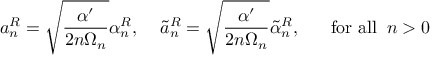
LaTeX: a _ { n } ^ { R } = \sqrt { \frac { \alpha ^ { \prime } } { 2 n \Omega _ { n } } } \alpha _ { n } ^ { R } , \; \; \; \; \tilde { a } _ { n } ^ { R } = \sqrt { \frac { \alpha ^ { \prime } } { 2 n \Omega _ { n } } } \tilde { \alpha } _ { n } ^ { R } , \; \; \; \; \; \; \mathrm { f o r ~ a l l } \; \; n > 0